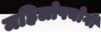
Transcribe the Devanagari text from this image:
महिलोपयोगी